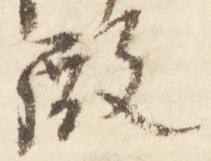
殿